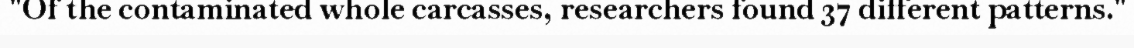
"Of the contaminated whole carcasses, researchers found 37 different patterns."